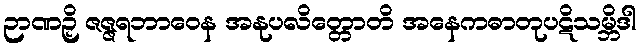
ဉာဏဉှိ ဇဇ္ဇရဘာဝေန အနုပလိတ္တောတိ အနေကဓာတုပဋိသမ္ဘိဒါ